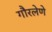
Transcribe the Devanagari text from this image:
गौरलेणे